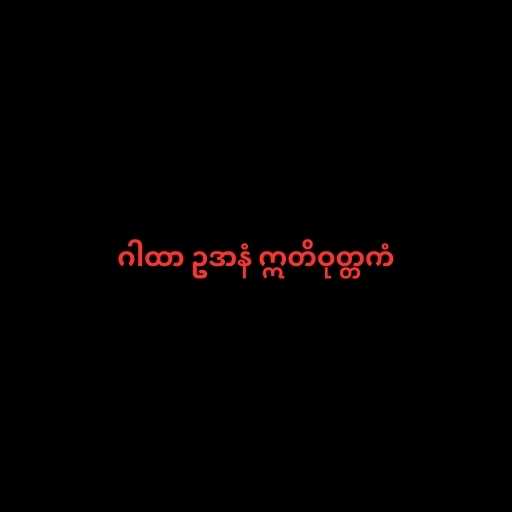
ဂါထာ ဥဒာနံ ဣတိဝုတ္တကံ